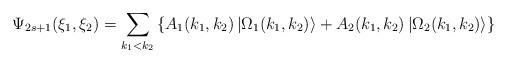
LaTeX: \begin{align*}\Psi _{2s+1}(\xi _{1},\xi _{2})=\sum_{k_{1}<k_{2}}\left\{A_{1}(k_{1},k_{2})\left| \Omega _{1}(k_{1},k_{2})\right\rangle+A_{2}(k_{1},k_{2})\left| \Omega _{2}(k_{1},k_{2})\right\rangle \right\}\end{align*}